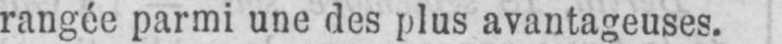
rangée parmi une des plus avantageuses.